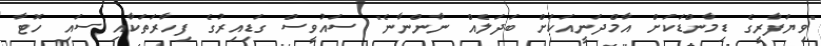
"ވިޔަފާރީގެ ޑިމާންޑަކަށް އާމްދަނީއަކަށް ބަދަލެއް ނާންނާނެ" ސައުވީސް ގަޑިއިރުގެ ފިހާރަތަކާއި ސައި ހޮޓާ